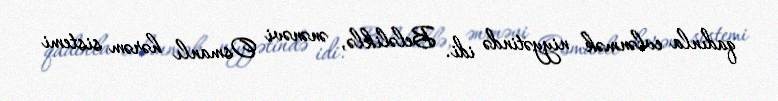
qadınla evlənmək niyyətində idi. Beləliklə, ənənəvi Osmanlı hərəm sistemi